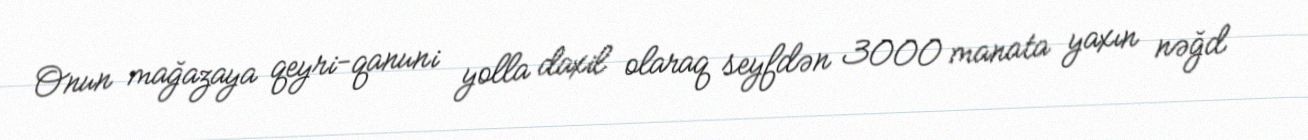
Onun mağazaya qeyri-qanuni yolla daxil olaraq seyfdən 3000 manata yaxın nəğd